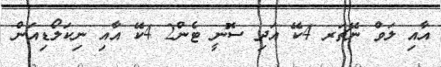
އާއި ލަވް ނޭޗަރ 4ކޭ އަދި ސޮނީ ޓެން2 4ކޭ އާއި ނިކަލޯޑިއަން